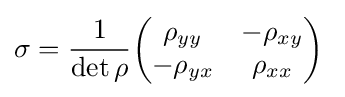
\sigma ={\frac {1}{\det \rho }}{\begin{pmatrix}\rho _{yy}&-\rho _{xy}\\-\rho _{yx}&\rho _{xx}\end{pmatrix}}\;